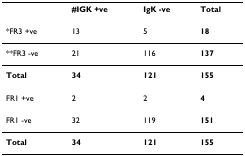
|  | #IGK +ve | IgK -ve | Total |
 | --- | --- | --- | --- |
 | *FR3 +ve | 13 | 5 | 18 |
 | **FR3 -ve | 21 | 116 | 137 |
 | Total | 34 | 121 | 155 |
 | FR1 +ve | 2 | 2 | 4 |
 | FR1 -ve | 32 | 119 | 151 |
 | Total | 34 | 121 | 155 |